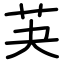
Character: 芵